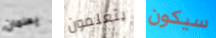
يعلمان يتعلمون سيكون